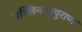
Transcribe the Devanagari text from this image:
मल्लिनाथपुराण